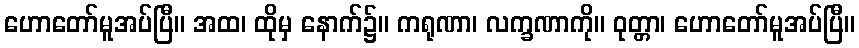
ဟောတော်မူအပ်ပြီ။ အထ၊ ထိုမှ နောက်၌။ ကရုဏာ၊ လက္ခဏာကို။ ဝုတ္တာ၊ ဟောတော်မူအပ်ပြီ။